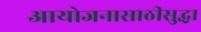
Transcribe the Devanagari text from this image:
आयोजनासाठीसुद्धा